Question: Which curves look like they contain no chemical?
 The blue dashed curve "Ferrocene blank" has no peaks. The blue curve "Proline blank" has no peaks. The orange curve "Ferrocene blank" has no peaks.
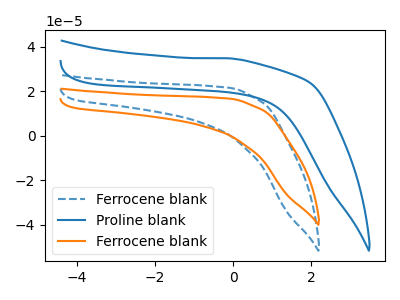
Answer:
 <answer>"Ferrocene blank", "Proline blank" and "Ferrocene blank" are likely to be blanks.</answer>
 <eval>"Ferrocene blank", "Proline blank", "Ferrocene blank"</eval>